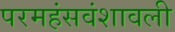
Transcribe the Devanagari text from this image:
परमहंसवंशावली